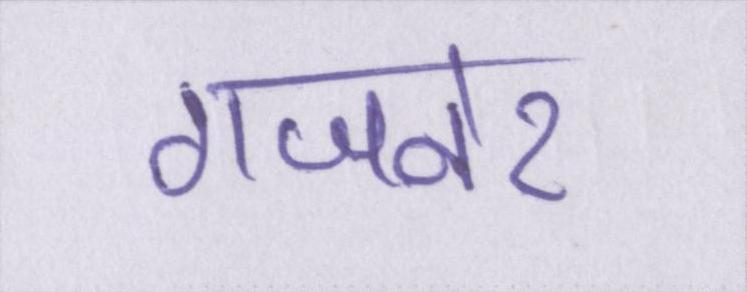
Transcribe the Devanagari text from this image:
गजनेर